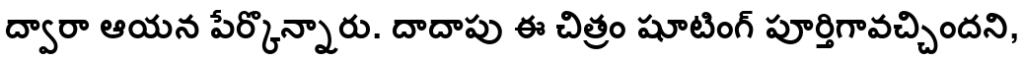
ద్వారా ఆయన పేర్కొన్నారు. దాదాపు ఈ చిత్రం షూటింగ్ పూర్తిగావచ్చిందని,